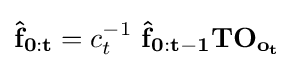
\mathbf {{\hat {f}}_{0:t}} =c_{t}^{-1}\ \mathbf {{\hat {f}}_{0:t-1}} \mathbf {T} \mathbf {O_{o_{t}}}